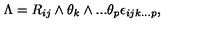
\Lambda = { R _ { { i j } } } \wedge { { \theta } _ { k } } \wedge . . . { { \theta } _ { p } } { { \epsilon } _ { { i j k } . . . p } } ,